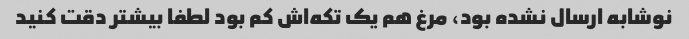
نوشابه ارسال نشده بود، مرغ هم یک تکه‌اش کم بود لطفا بیشتر دقت کنید